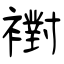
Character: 襨